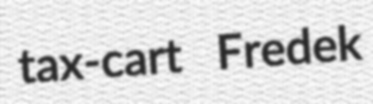
tax-cart Fredek